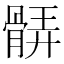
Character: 𩩖